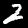
Digit: 2